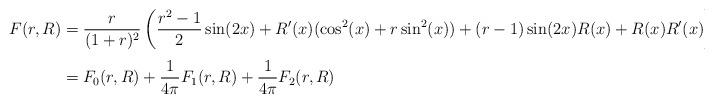
LaTeX: \begin{align*}F(r,R) & = \frac{r}{(1+r)^2}\left(\frac{r^2-1}{2}\sin(2x) + R'(x)(\cos^2(x) + r \sin^{2}(x)) + (r-1)\sin(2x)R(x) + R(x)R'(x)\right) + \frac{1}{4\pi}\sum_{i=1}^{2} F_{i}(r,R) \\& = F_{0}(r,R) + \frac{1}{4\pi}F_{1}(r,R) + \frac{1}{4\pi}F_{2}(r,R)\end{align*}